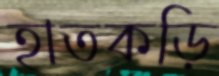
হাতকড়ি